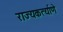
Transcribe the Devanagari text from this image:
राज्यकर्त्याणे